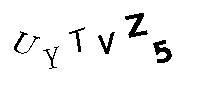
UYTVZ5